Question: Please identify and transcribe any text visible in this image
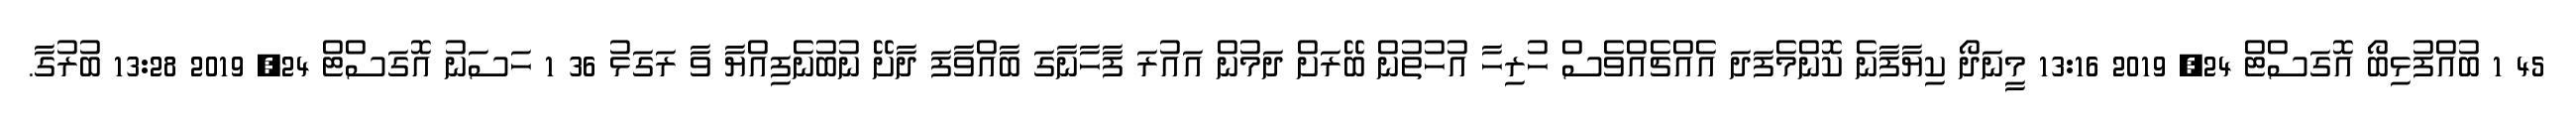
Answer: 45 1 ބުއްފުޅިބޯ އޮގަސްޓް 24, 2019 13:16 މީނަދޯ ކިޔާފާނެ ކޮންމެފަދަ އެއްޗެއްވެސް ހުރިހާ އުހުތުން ބޭރަށް ދަމުން އައުރަ ފާހާނާގަ ބާއްވާފަ ދާށޭ ނުބުނެފިއްޔާ ވާ ރަގަޅު 36 1 ހަސަނު އޮގަސްޓް 24, 2019 13:28 ބުރުގާ.